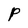
Character: P